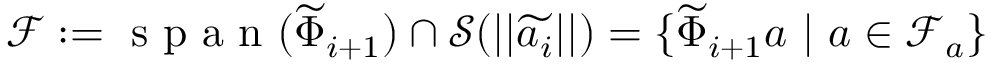
\mathcal { F } : = \mathrm { ~ s ~ p ~ a ~ n ~ } ( \widetilde { \Phi } _ { i + 1 } ) \cap \mathcal { S } ( | | \widetilde { \boldsymbol { a } _ { i } } | | ) = \{ \widetilde { \Phi } _ { i + 1 } \boldsymbol { a } \mathrm { ~ } | \mathrm { ~ } \boldsymbol { a } \in \mathcal { F } _ { a } \}